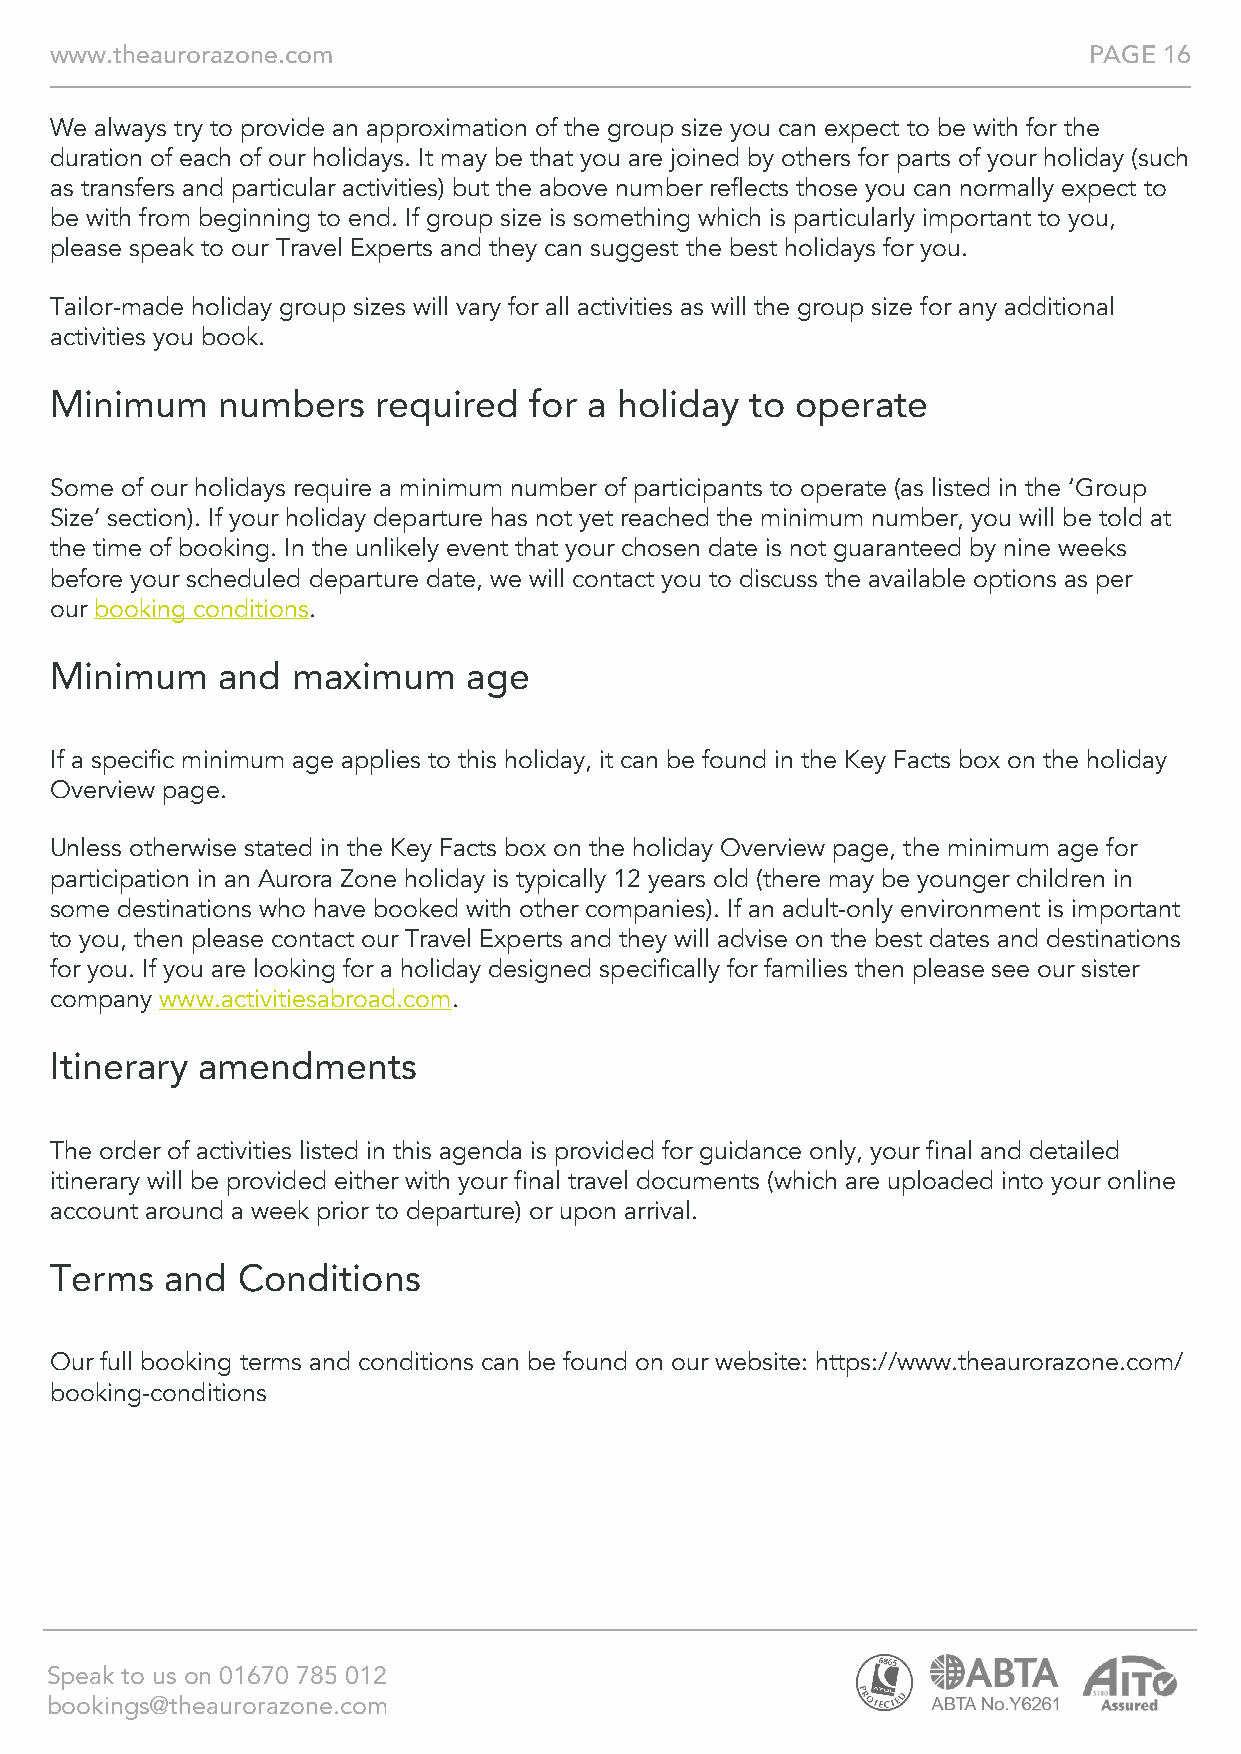
www.theaurorazone.com                                                PAGE 16
 We always try to provide an approximation of the group size you can expect to be with for the
 duration of each of our holidays. It may be that you are joined by others for parts of your holiday (such
 as transfers and particular activities) but the above number reflects those you can normally expect to
 be with from beginning to end. If group size is something which is particularly important to you,
 please speak to our Travel Experts and they can suggest the best holidays for you.
 Tailor-made holiday group sizes will vary for all activities as will the group size for any additional
 activities you book.
 Minimum    numbers    required  for a holiday  to operate
 Some of our holidays require a minimum number of participants to operate (as listed in the ‘Group
 Size’ section). If your holiday departure has not yet reached the minimum number, you will be told at
 the time of booking. In the unlikely event that your chosen date is not guaranteed by nine weeks
 before your scheduled departure date, we will contact you to discuss the available options as per
 our booking conditions.
 Minimum    and  maximum     age
 If a specific minimum age applies to this holiday, it can be found in the Key Facts box on the holiday
 Overview page.
 Unless otherwise stated in the Key Facts box on the holiday Overview page, the minimum age for
 participation in an Aurora Zone holiday is typically 12 years old (there may be younger children in
 some destinations who have booked with other companies). If an adult-only environment is important
 to you, then please contact our Travel Experts and they will advise on the best dates and destinations
 for you. If you are looking for a holiday designed specifically for families then please see our sister
 company www.activitiesabroad.com.
 Itinerary amendments
 The order of activities listed in this agenda is provided for guidance only, your final and detailed
 itinerary will be provided either with your final travel documents (which are uploaded into your online
 account around a week prior to departure) or upon arrival.
 Terms   and  Conditions
 Our full booking terms and conditions can be found on our website: https://www.theaurorazone.com/
 booking-conditions
 Speak to us on 01670 785 012
 bookings@theaurorazone.com